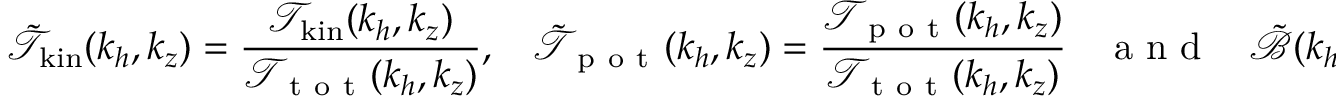
\tilde { \mathcal { T } } _ { \mathrm { k i n } } ( k _ { h } , k _ { z } ) = \frac { \mathcal { T } _ { \mathrm { k i n } } ( k _ { h } , k _ { z } ) } { \mathcal { T } _ { \mathrm { ~ t ~ o ~ t ~ } } ( k _ { h } , k _ { z } ) } , ~ ~ ~ ~ \tilde { \mathcal { T } } _ { \mathrm { ~ p ~ o ~ t ~ } } ( k _ { h } , k _ { z } ) = \frac { \mathcal { T } _ { \mathrm { ~ p ~ o ~ t ~ } } ( k _ { h } , k _ { z } ) } { \mathcal { T } _ { \mathrm { ~ t ~ o ~ t ~ } } ( k _ { h } , k _ { z } ) } ~ ~ ~ ~ \mathrm { ~ a ~ n ~ d ~ } ~ ~ ~ ~ \tilde { \mathcal { B } } ( k _ { h } , k _ { z } ) = \frac { \mathcal { B } ( k _ { h } , k _ { z } ) } { \mathcal { T } _ { \mathrm { ~ t ~ o ~ t ~ } } ( k _ { h } , k _ { z } ) } ,